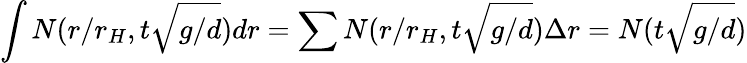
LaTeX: \int N(r/r_{H},t\sqrt{g/d})dr=\sum N(r/r_{H},t\sqrt{g/d})\Delta r=N(t\sqrt{g/d})